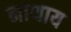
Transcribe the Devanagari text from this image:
नाथाय